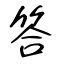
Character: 答